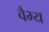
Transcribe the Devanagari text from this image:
वैभ्य